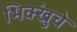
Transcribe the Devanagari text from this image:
भिक्खुंचे